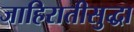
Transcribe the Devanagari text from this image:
जाहिरातीसुद्धा